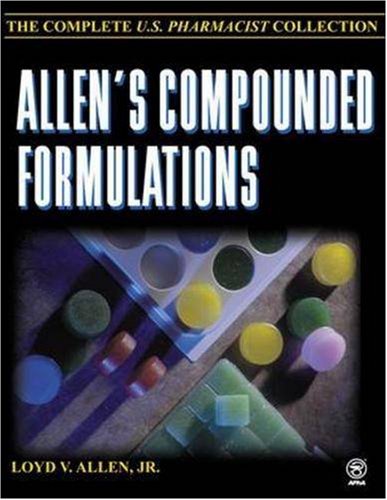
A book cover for Allen's Compounded Formulations  : The Complete U.S. Pharmacist Collection; Loyd V. Allen; Medical Books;